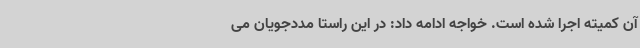
آن کمیته اجرا شده است. خواجه ادامه داد: در این راستا مددجویان می‌